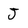
Character: J